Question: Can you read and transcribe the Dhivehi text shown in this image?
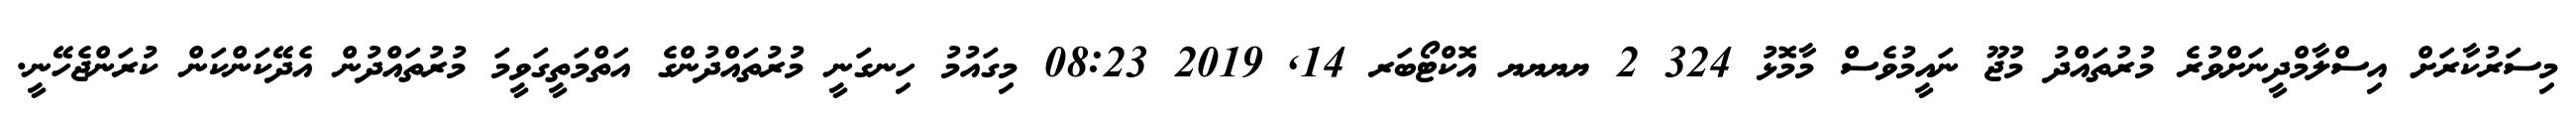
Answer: މިސަރުކާރަށް އިސްލާމްދީނަށްވުރެ މުރުތައްދު މުޖޫ ނައީމުވެސް މާމޮޅު 324 2 ޔޔޔޔ އޮކްޓޯބަރ 14, 2019 08:23 މިގައުމު ހިނގަނީ މުރުތައްދުންގެ އަތްމަތީގަވީމަ މުރުތައްދުން އެދޭކަންކަން ކުރަންޖެހޭނީ.